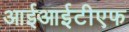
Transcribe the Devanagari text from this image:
आईआईटीएफ